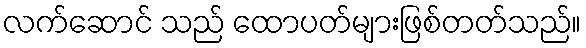
လက်ဆောင် သည် ထောပတ်များဖြစ်တတ်သည်။